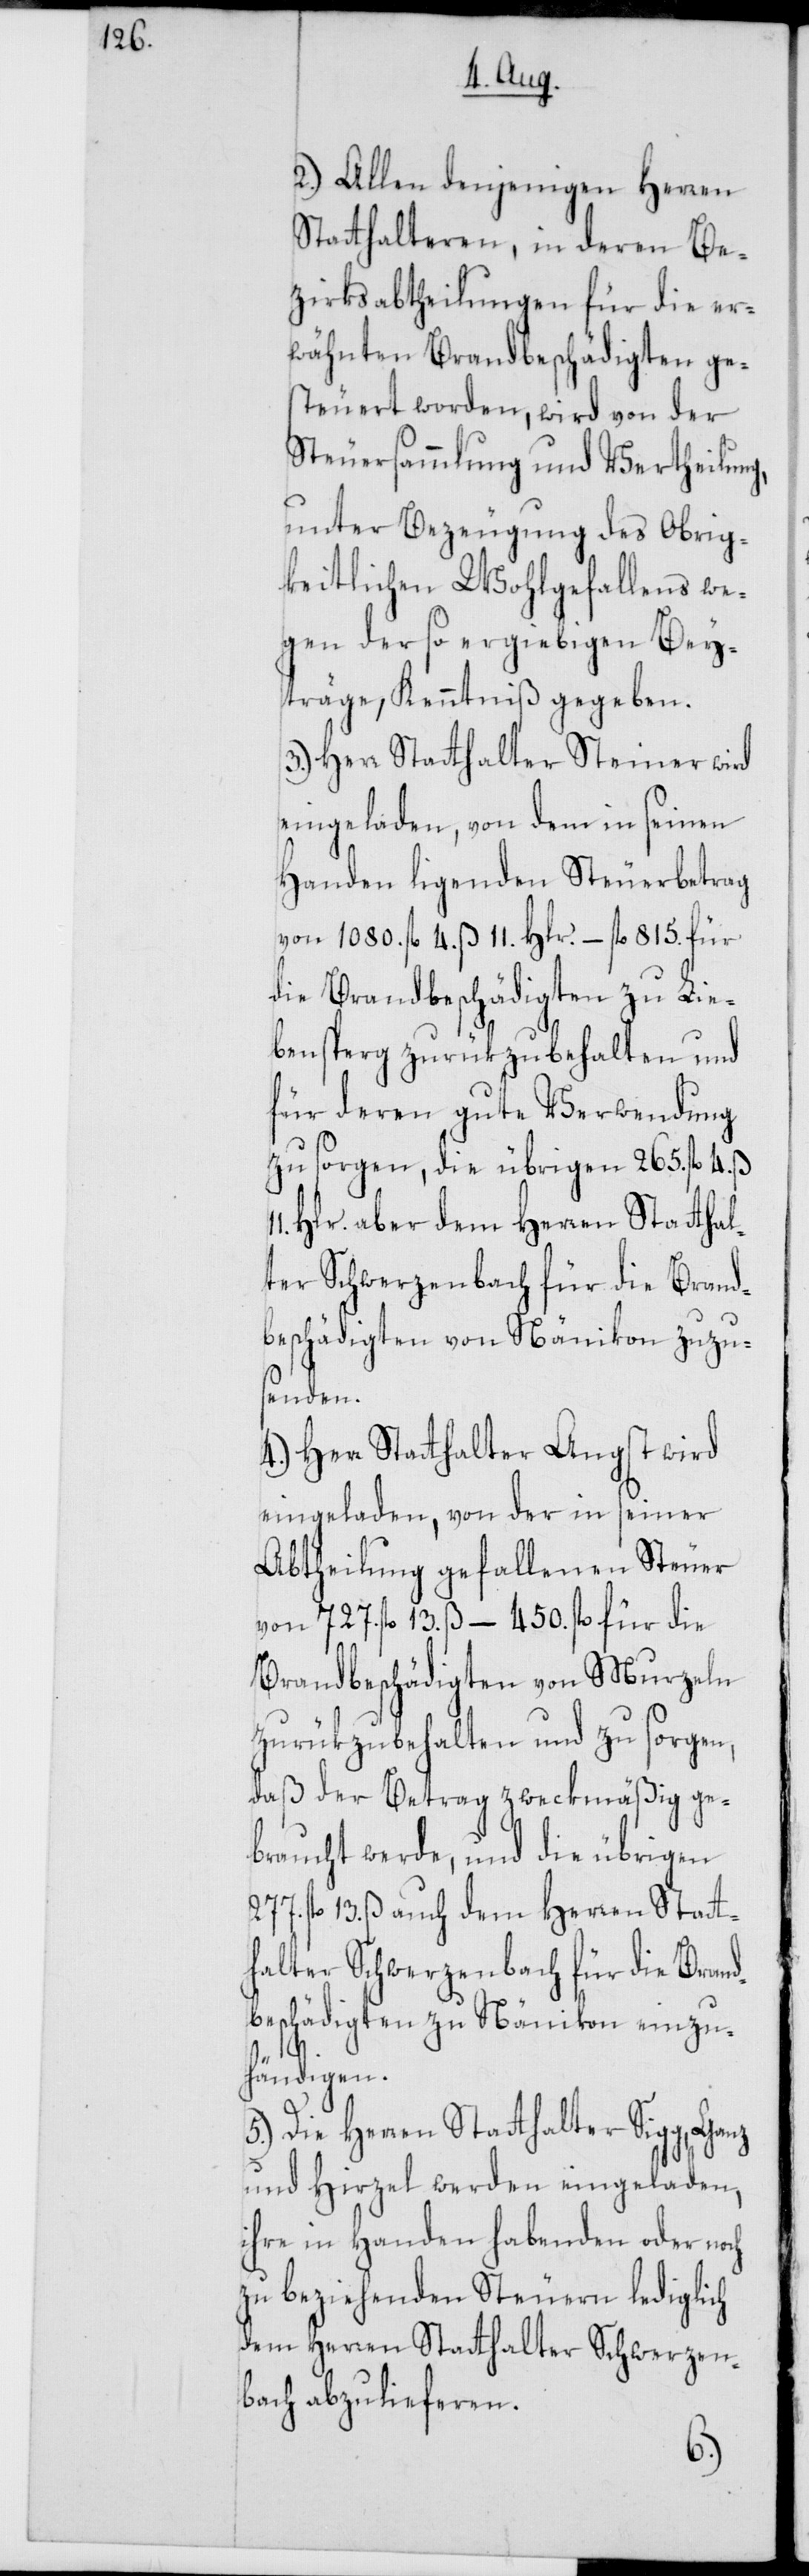
2.) Allen denjenigen Herren
Statthalteren, in deren Be¬
zirksabtheilungen für die er¬
wähnten Brandbeschädigten ge¬
steuert worden, wird von der
Steuersammlung und Vertheilung,
unter Bezeugung des Obrig¬
keitlichen Wohlgefallens we¬
gen der so ergiebigen Bey¬
träge, Kenntniß gegeben.
3.) Herr Statthalter Steiner wird
eingeladen, von dem in seinen
Handen ligenden Steuerbetrag
von 1080. fl. 4. ß 11. Hlr. – fl. 815. für
die Brandbeschädigten zu Lie¬
bensperg zurükzubehalten und
für deren gute Verwendung
zu sorgen, die übrigen 265. fl. 4. ß
Hlr. aber dem Herren Statthal¬
ter Schwerzenbach für die Brand¬
beschädigten von Nänikon zuzu¬
senden.
4.) Herr Statthalter Angst wird
eingeladen, von der in seiner
Abtheilung gefallenen Steuer
von 727. fl. 13. ß – 450. fl. für die
Brandbeschädigten von Murzeln
zurükzubehalten und zu sorgen,
daß der Betrag zweckmäßig ge¬
braucht werde, und die übrigen
fl. 13. ß auch dem Herren Statt¬
halter Schwerzenbach für die Brand¬
beschädigten zu Nänikon einzu¬
händigen.
5.) Die Herren Statthalter Sigg, Ganz
und Hirzel werden eingeladen,
ihre in Handen habenden oder noch
zu beziehenden Steuern lediglich
dem Herren Statthalter Schwerzen¬
bach abzulieferen.